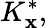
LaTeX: K_{\mathbf{x}}^{*},